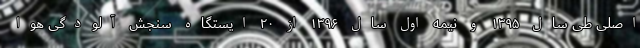
اصلی طی سال ۱۳۹۵ و نیمه اول سال ۱۳۹۶ از ۲۰ ایستگاه سنجش آلودگی هوا